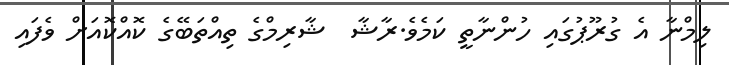
ލިމްނާ އެ ގުރޫޕުގައި ހުންނާތީ ކަމެވެ.ރާޝާ  ޝާރިމްގެ ތިއްތަބޭގެ ކޮއްކޮއަށް ވެފައި